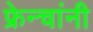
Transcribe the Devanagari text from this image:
फ्रेन्चांनी